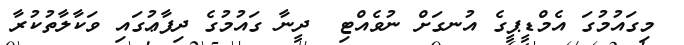
މިގައުމުގަ އެމްޑީޕީގެ އުނގަށް ނުވެއްޓި  ދީނާ ގައުމުގެ ދިފާޢުގައި ވަކާލާތުކުރާ